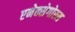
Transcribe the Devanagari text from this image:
एनेक्सेगोरस